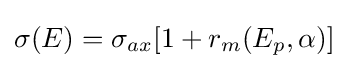
\sigma (E)=\sigma _{ax}[1+r_{m}(E_{p},\alpha )]